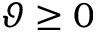
\vartheta \ge 0